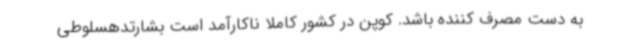
به دست مصرف کننده باشد. کوپن در کشور کاملا ناکارآمد است بشارتدهسلوطی